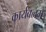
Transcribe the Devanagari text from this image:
कार्यबलमे